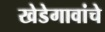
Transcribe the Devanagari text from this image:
खेडेगावांचे